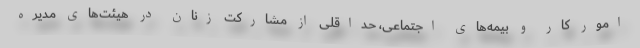
امور کار و بیمه‌های اجتماعی، حداقلی از مشارکت زنان در هیئت‌های مدیره